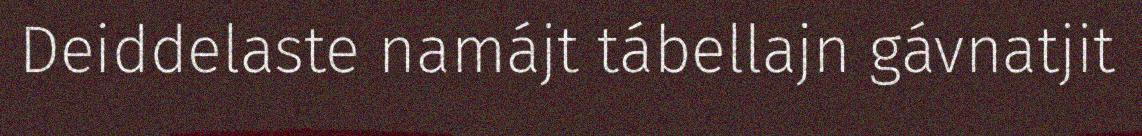
Deiddelaste namájt tábellajn gávnatjit